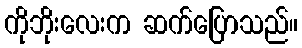
ကိုဘိုးလေးက ဆက်ပြောသည်။